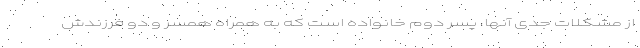
از مشکلات جدی آنها، پسر دوم خانواده است که به همراه همسر و دو فرزندش